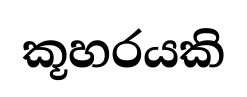
කූහරයකි